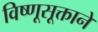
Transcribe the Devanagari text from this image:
विष्णूसूक्ताने